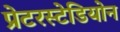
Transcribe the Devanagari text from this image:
प्रेटरस्टेडियोन